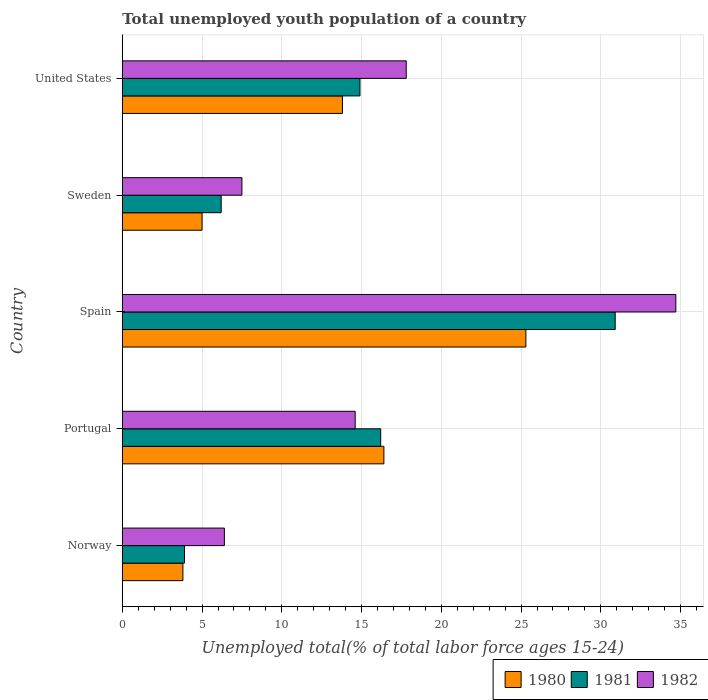
| Country | 1980 | 1981 | 1982 |
 | --- | --- | --- | --- |
 | Norway | 3.8 | 3.9 | 6.4 |
 | Portugal | 16.4 | 16.2 | 14.6 |
 | Spain | 25.3 | 30.9 | 34.7 |
 | Sweden | 5 | 6.2 | 7.5 |
 | United States | 13.8 | 14.9 | 17.8 |